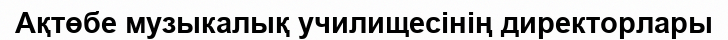
Ақтөбе музыкалық училищесінің директорлары